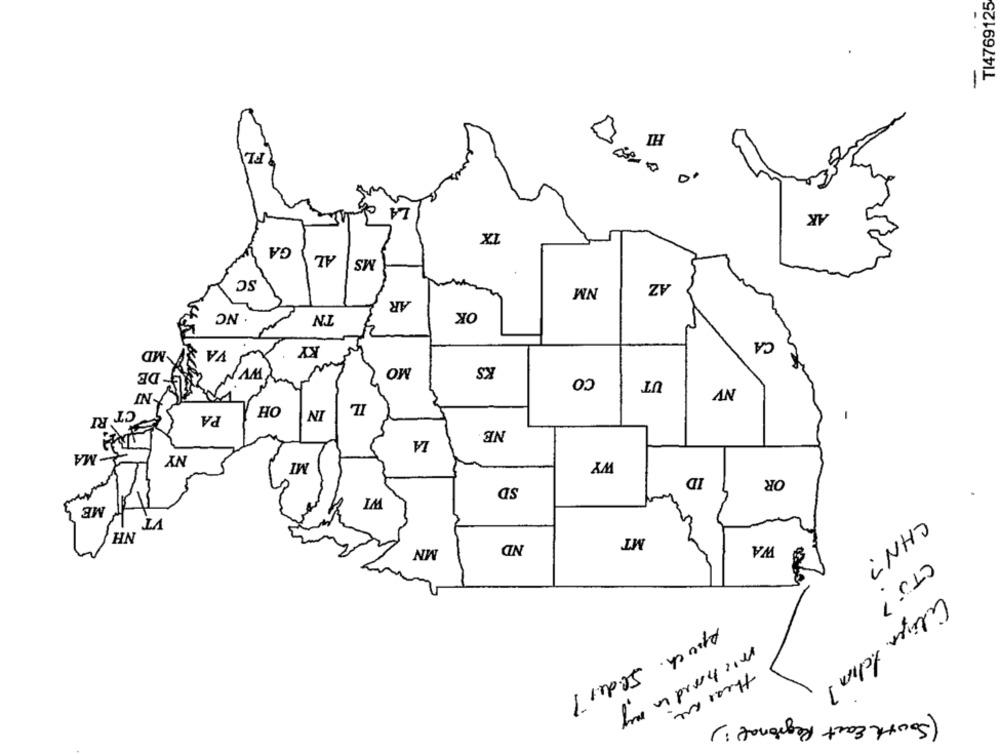
TI4769125
-
HI
FL
JAS
LA
AK
TX
GA
AL
MS
SC
NM
AZ
AR
NC
IN
OK
KY
CA
MD
VA &P
MO
KS
-DE
WV N
CO
UT
NV
OH
IL
CT
PA
IN
RI
-
NE
LA
MA
NY
MI
WY
ID
OR
SD
WI
ME
VT
NH
MT
MN
ND
WA
CHN?
(TJ7
Citizen Acho ?
spruch. Se.det7
michard in my
these are
(South East Regional:)